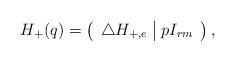
LaTeX: \begin{align*} H_+(q)&=\left(\begin{array}{c | c} \triangle H_{+,e} & p I_{rm} \end{array}\right),\end{align*}